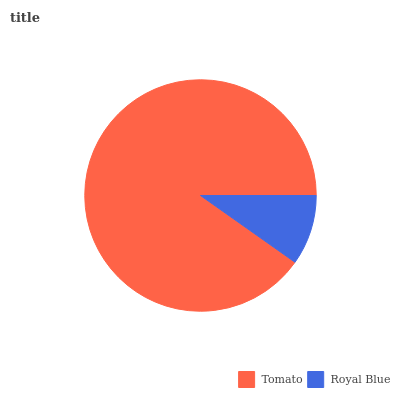
| Tomato | Royal Blue |
 | --- | --- |
 | 90.2% | 9.79% |